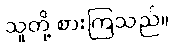
သူတို့ စားကြသည်။